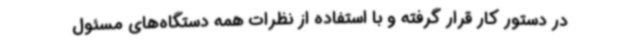
در دستور کار قرار گرفته و با استفاده از نظرات همه دستگاه‌های مسئول